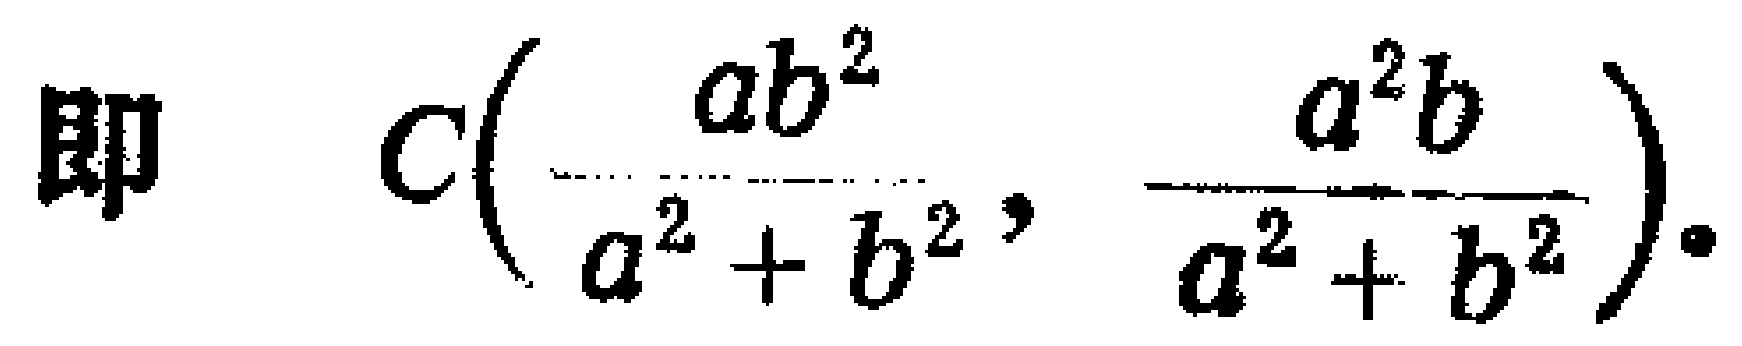
即 \(C\left(\frac{ab^{2}}{a^{2}+b^{2}}, \frac{a^{2}b}{a^{2}+b^{2}}\right)\)。